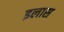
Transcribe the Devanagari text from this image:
इलास